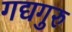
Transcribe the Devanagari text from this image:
गद्यगुरु